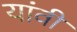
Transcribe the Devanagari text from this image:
यांवी